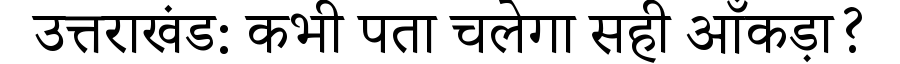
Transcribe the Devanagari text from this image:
उत्तराखंड: कभी पता चलेगा सही आँकड़ा?